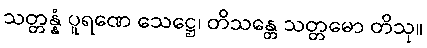
သတ္တန္နံ ပူရဏေ သေဋ္ဌေ၊ တိသန္တေ သတ္တမော တိသု။